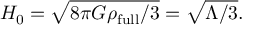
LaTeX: H _ { 0 } = { \sqrt { 8 \pi G \rho _ { \mathrm { f u l l } } / 3 } } = { \sqrt { \Lambda / 3 } } .